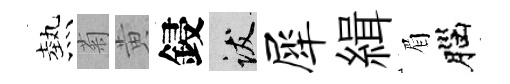
熱菊黄鋟跋犀緝眉腦